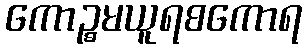
ကောဉ္စမယူရစကောရ